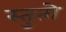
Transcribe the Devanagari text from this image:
स्तुतो